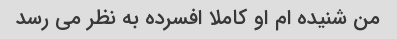
من شنیده ام او کاملا افسرده به نظر می رسد